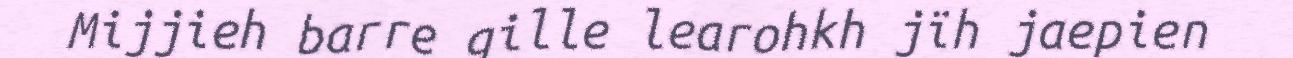
Mijjieh barre gille learohkh jïh jaepien